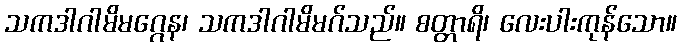
သကဒါဂါမိမဂ္ဂေန၊ သကဒါဂါမိမဂ်သည်။ စတ္တာရိ၊ လေးပါးကုန်သော။